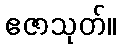
ဧဇာသုတ်။